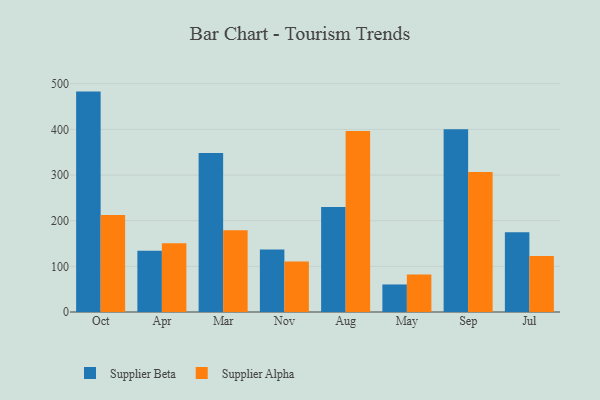
{"axis": {"x": "Month", "y": "Demand Index"}, "legend": ["Supplier Alpha", "Supplier Beta"], "data": [{"x": "Oct", "y": 482.7, "type": "Supplier Beta"}, {"x": "Oct", "y": 212.4, "type": "Supplier Alpha"}, {"x": "Apr", "y": 133.9, "type": "Supplier Beta"}, {"x": "Apr", "y": 150.5, "type": "Supplier Alpha"}, {"x": "Mar", "y": 348.0, "type": "Supplier Beta"}, {"x": "Mar", "y": 178.8, "type": "Supplier Alpha"}, {"x": "Nov", "y": 136.8, "type": "Supplier Beta"}, {"x": "Nov", "y": 110.4, "type": "Supplier Alpha"}, {"x": "Aug", "y": 230.0, "type": "Supplier Beta"}, {"x": "Aug", "y": 396.6, "type": "Supplier Alpha"}, {"x": "May", "y": 60.3, "type": "Supplier Beta"}, {"x": "May", "y": 81.9, "type": "Supplier Alpha"}, {"x": "Sep", "y": 400.5, "type": "Supplier Beta"}, {"x": "Sep", "y": 306.8, "type": "Supplier Alpha"}, {"x": "Jul", "y": 174.9, "type": "Supplier Beta"}, {"x": "Jul", "y": 122.6, "type": "Supplier Alpha"}]}